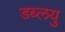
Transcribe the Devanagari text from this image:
डब्लयु